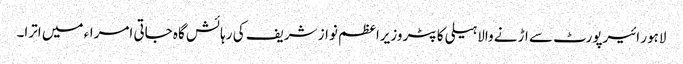
لاہور ائیرپورٹ سے اڑنے والا ہیلی کاپٹر وزیراعظم نواز شریف کی رہائش گاہ جاتی امراء میں اترا۔